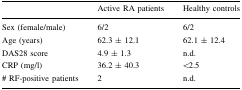
|  | Active RA patients | Healthy controls |
 | --- | --- | --- |
 | Sex (female/male) | 6/2 | 6/2 |
 | Age (years) | 62.3 ± 12.1 | 62.1 ± 12.4 |
 | DAS28 score | 4.9 ± 1.3 | n.d. |
 | CRP (mg/l) | 36.2 ± 40.3 | <2.5 |
 | # RF-positive patients | 2 | n.d. |